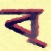
ব্